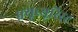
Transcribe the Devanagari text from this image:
फ़्यूच्यूरिस्ट